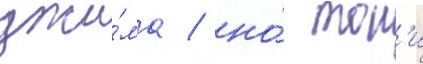
джи́ма / но́ тон'и